Jarvakandi_vallavalitsus, lk 46
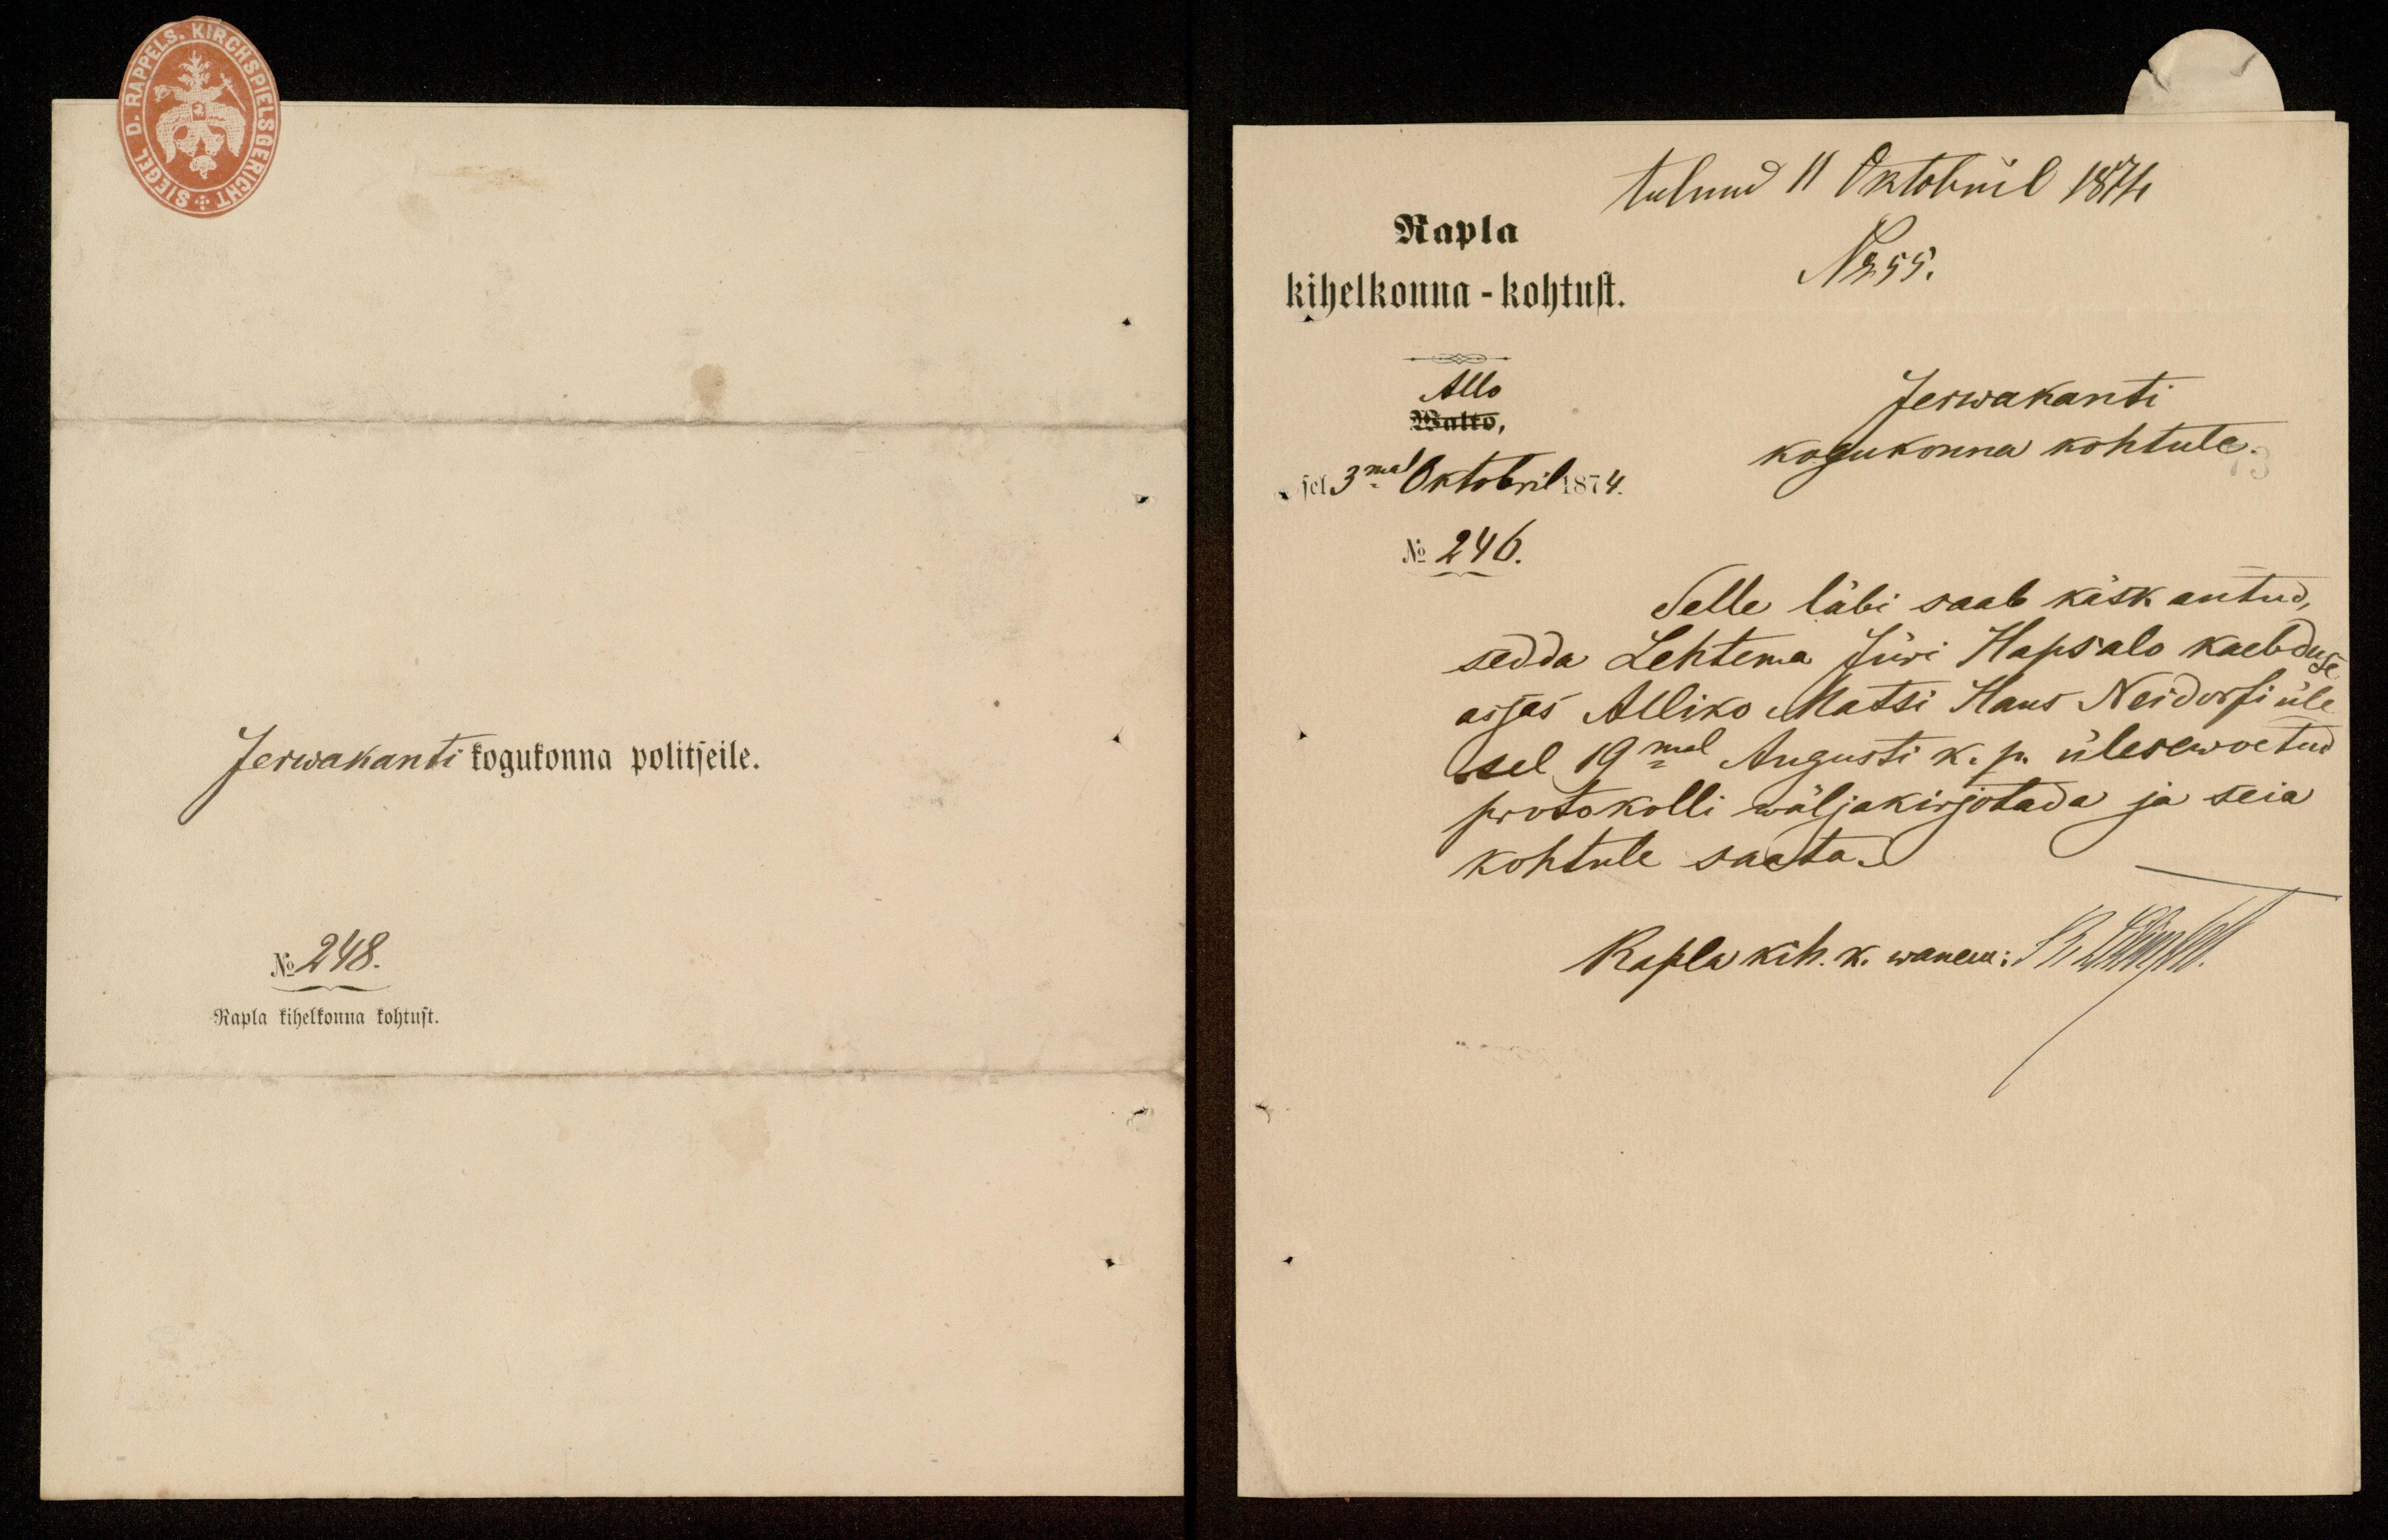
Jerwakanti kogukonna politseile.
No 248.
Rapla kihelkonna kohtust.

tulnud 11 Oktobril 1874
Rapla
No 55.
kihelkonna - kohtust.
Allo
Jerwakanti
Walto,
sel 3mal Oktobril 1874.
kogukonna kohtule.
No 246.
Selle läbi saab käsk antud,
sedda Lehtema Jüri Hapsalo kaebduse
asjas Alliko Matsi Hans Neidorfi üle
sel, 19mal Augusti k. p. ülesewõetud,
protokolli wäljakirjotada ja seia
kohtule saata.
Rapla kih. k. wanem: Dr LMooselt.